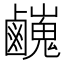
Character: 𪊃